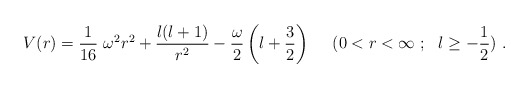
\begin{align*}V(r)= \frac{1}{16} ~\omega^2 r^2 +\frac{l(l+1)}{r^2}- \frac{\omega}{2}\left( l+ \frac{3}{2} \right) ~~~~(0 < r <\infty~;~~ l \ge -\frac{1}{2} )~.\end{align*}